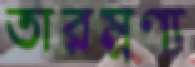
তারম্নণ্য